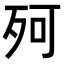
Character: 𣧤